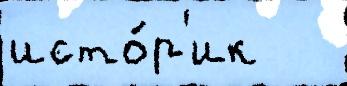
исто́р'ик